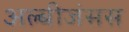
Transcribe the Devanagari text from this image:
अल्बीजंसस